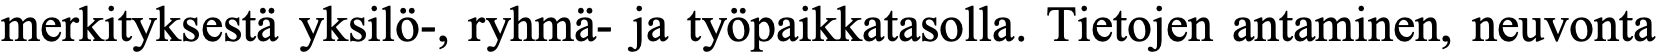
merkityksestä yksilö-, ryhmä- ja työpaikkatasolla. Tietojen antaminen, neuvonta